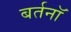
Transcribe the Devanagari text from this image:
बर्तनॉ